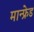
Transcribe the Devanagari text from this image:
मान्फ्रेड